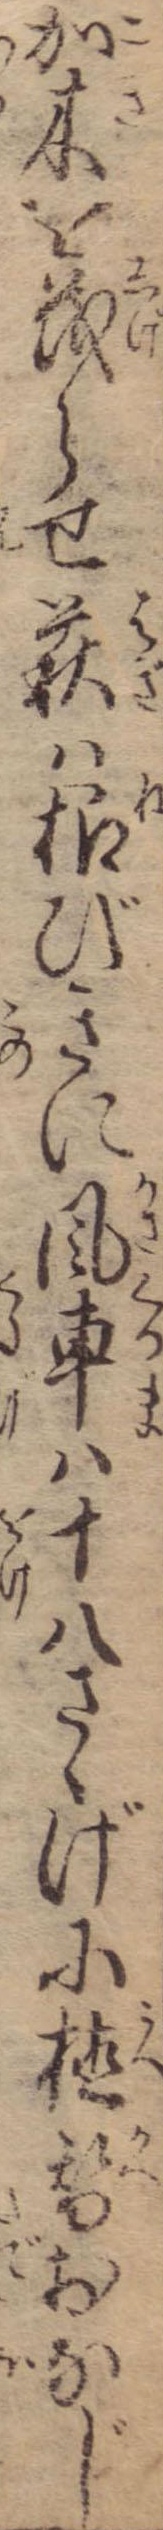
加木を茂らせ萩は根びきに風車は十八さゝげに植替おなじ